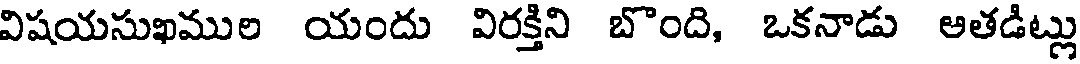
విషయసుఖముల యందు విరక్తిని బొంది, ఒకనాడు అతడిట్లు